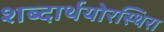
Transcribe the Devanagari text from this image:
शब्दार्थयोरस्थिरा